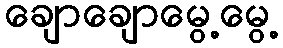
ချောချောမွေ့မွေ့